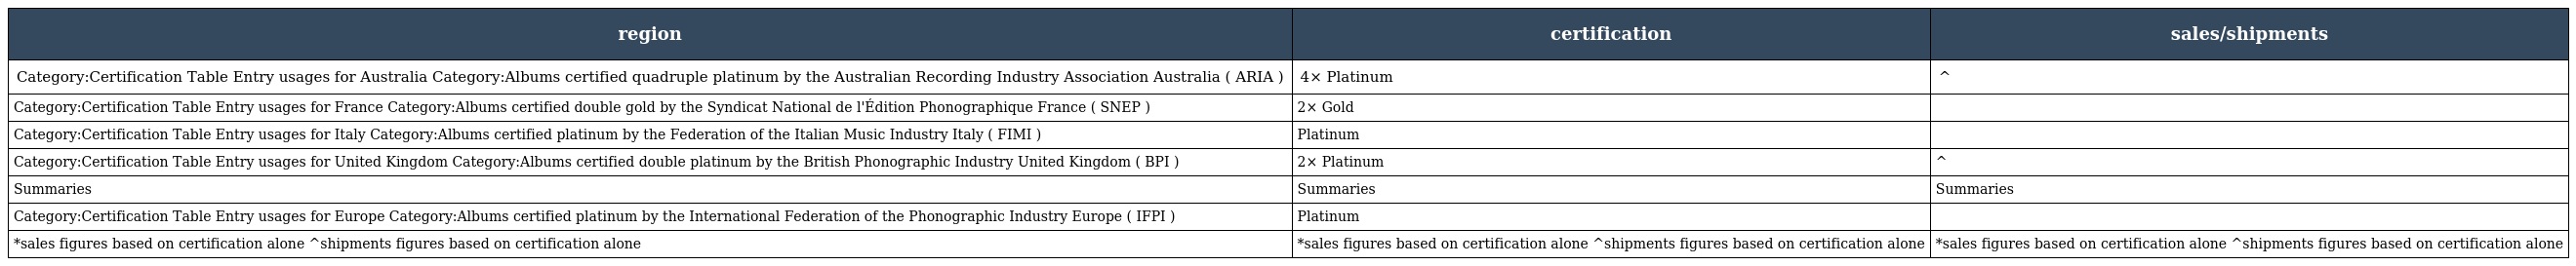
| region | certification | sales/shipments |
 | --- | --- | --- |
 | Category:Certification Table Entry usages for Australia Category:Albums certified quadruple platinum by the Australian Recording Industry Association Australia ( ARIA ) | 4× Platinum | ^ |
 | Category:Certification Table Entry usages for France Category:Albums certified double gold by the Syndicat National de l'Édition Phonographique France ( SNEP ) | 2× Gold |  |
 | Category:Certification Table Entry usages for Italy Category:Albums certified platinum by the Federation of the Italian Music Industry Italy ( FIMI ) | Platinum |  |
 | Category:Certification Table Entry usages for United Kingdom Category:Albums certified double platinum by the British Phonographic Industry United Kingdom ( BPI ) | 2× Platinum | ^ |
 | Summaries | Summaries | Summaries |
 | Category:Certification Table Entry usages for Europe Category:Albums certified platinum by the International Federation of the Phonographic Industry Europe ( IFPI ) | Platinum |  |
 | *sales figures based on certification alone ^shipments figures based on certification alone | *sales figures based on certification alone ^shipments figures based on certification alone | *sales figures based on certification alone ^shipments figures based on certification alone |